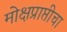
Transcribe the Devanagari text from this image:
मोक्षप्राप्तीचा